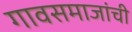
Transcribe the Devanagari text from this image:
गावसमाजांची